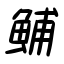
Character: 鯆